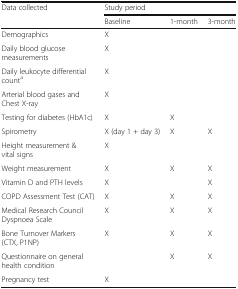
<table><thead><tr><td rowspan="2"><b>Data collected</b></td><td colspan="3"><b>Study period</b></td></tr><tr><td><b>Baseline</b></td><td><b>1-month</b></td><td><b>3-month</b></td></tr></thead><tbody><tr><td>Demographics</td><td>X</td><td></td><td></td></tr><tr><td>Daily blood glucose measurements</td><td>X</td><td></td><td></td></tr><tr><td>Daily leukocyte differential count<sup>a</sup></td><td>X</td><td></td><td></td></tr><tr><td>Arterial blood gases and Chest X-ray</td><td>X</td><td></td><td></td></tr><tr><td>Testing for diabetes (HbA1c)</td><td>X</td><td>X</td><td></td></tr><tr><td>Spirometry</td><td>X (day 1 + day 3)</td><td>X</td><td>X</td></tr><tr><td>Height measurement &amp; vital signs</td><td>X</td><td></td><td></td></tr><tr><td>Weight measurement</td><td>X</td><td>X</td><td>X</td></tr><tr><td>Vitamin D and PTH levels</td><td>X</td><td></td><td>X</td></tr><tr><td>COPD Assessment Test (CAT)</td><td>X</td><td>X</td><td>X</td></tr><tr><td>Medical Research Council Dyspnoea Scale</td><td>X</td><td>X</td><td>X</td></tr><tr><td>Bone Turnover Markers (CTX, P1NP)</td><td>X</td><td>X</td><td>X</td></tr><tr><td>Questionnaire on general health condition</td><td></td><td>X</td><td>X</td></tr><tr><td>Pregnancy test</td><td>X</td><td></td><td></td></tr></tbody></table>